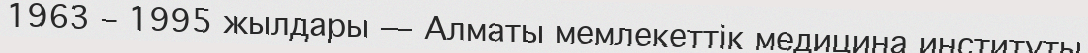
1963 – 1995 жылдары — Алматы мемлекеттік медицина институты